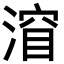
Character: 㴭